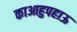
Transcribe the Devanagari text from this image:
काआहुपहाऊ